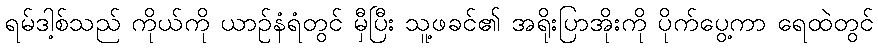
ရမ်ဒါ့စ်သည် ကိုယ်ကို ယာဉ်နံရံတွင် မှီပြီး သူ့ဖခင်၏ အရိုးပြာအိုးကို ပိုက်ပွေ့ကာ ရေထဲတွင်